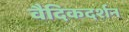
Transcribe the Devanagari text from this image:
वैदिकदर्शन